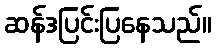
ဆန်ဒပြင်းပြနေသည်။